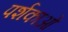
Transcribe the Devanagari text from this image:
पर्शकाओं